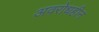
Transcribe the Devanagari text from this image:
अवरोधहीन